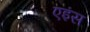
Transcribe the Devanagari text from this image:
एइंस